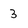
Character: 3